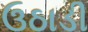
ઉઠાડી